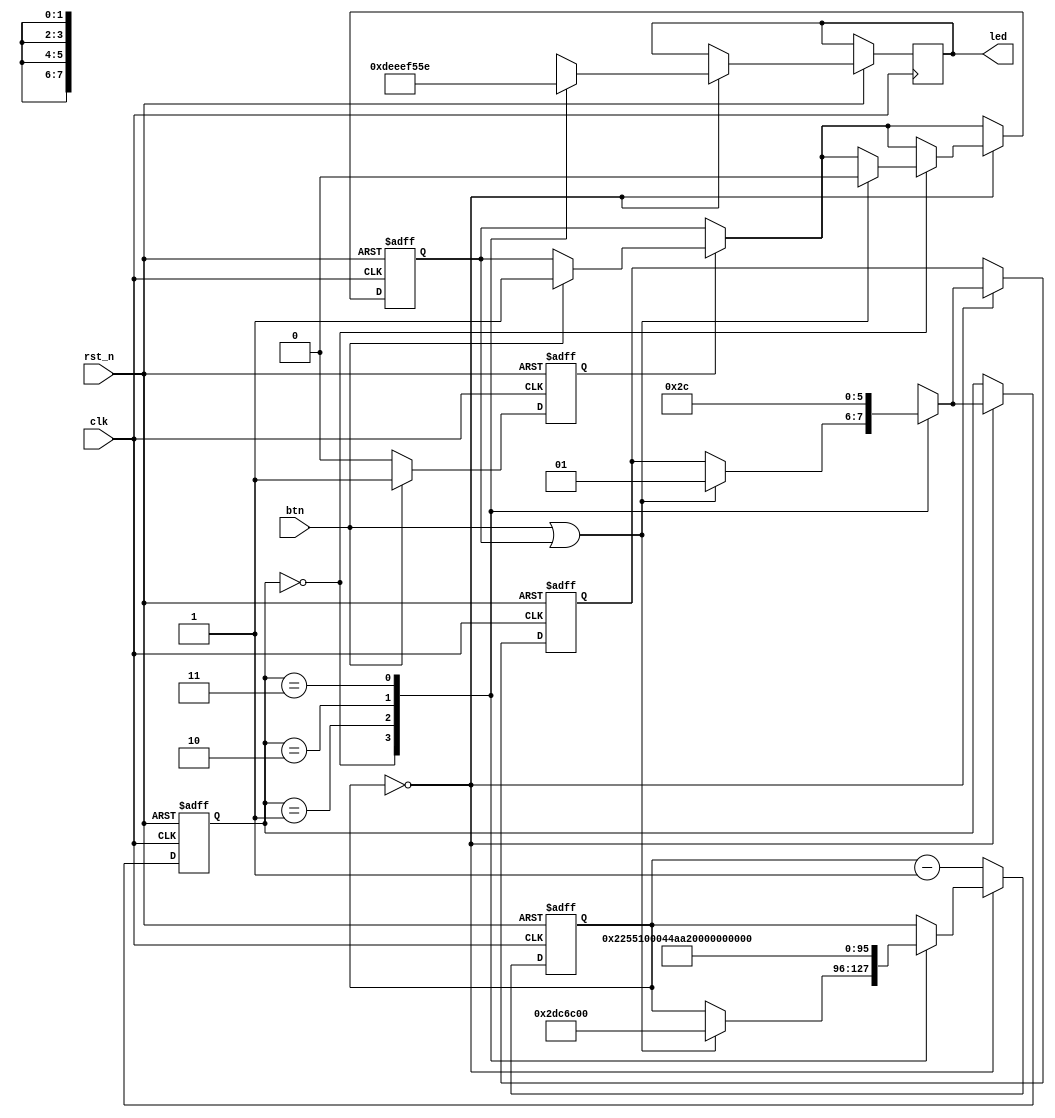
module semafor1 (
    input             clk,       	    // semnal de ceas
    input             rst_n,      		// reset
    input             btn,        		// buton pentru pietoni
    output reg [7:0]  led      			// LED output (8 biti)
);


// Stari
reg [1:0] current_state, next_state;
reg btn_state;
reg CHECK;

// Timer pentru durata culorii
reg [31:0] timer;

// Parametrii de timp (exemplu: 12 MHz ceas, 4 secunde = 4 * 12,000,000)
parameter VERDE_DURATA  = 48000000;  //'d4;     	    // 4 secunde la 12 MHz
parameter GALBEN_DURATA = 36000000;  //'d3;   		    // 3 secunde la 12 MHz
parameter ROSU_DURATA   = 72000000;  //'d6;   		    // 6 secunde la 12 MHz
parameter DELAY_DURATA  = 96000000;  //'d8;		    // 8 secunde (minim pentru verde masini) la 12 MHz


	// VALORILE COMENTATE DE LA PARAMETRII, DE MAI SUS, SUNT PENTRU SIMULAREA IN MODELSIM.

// Stari pentru semafor
parameter STARE_INITIALA = 2'b00;					// (verde masini - rosu pietoni)
parameter GALBEN_MASINI  = 2'b01;   					// (galben masini - rosu pietoni)
parameter ROSU_MASINI    = 2'b10; 					// (rosu masini - verde pietoni)
parameter DELAY          = 2'b11;					// (verde masini - rosu pietoni - delay)

// Stari buton
parameter NEAPASAT = 1'b0;					
parameter APASAT   = 1'b1;

// Logica de tranzitie a starii
always @(posedge clk or negedge rst_n) begin
    if (~rst_n) begin								// RESET
	timer <= 0;
        current_state = STARE_INITIALA;
        btn_state <= NEAPASAT;
	CHECK = 0;
	next_state = STARE_INITIALA;
    end else begin	
        case (btn_state)
            NEAPASAT: begin
		    if (btn) begin						// BUTON APASAT
                    	btn_state <= APASAT;					
                end
            end
            APASAT: begin	
		if (btn) begin							// BUTON APASAT + se retine daca a fost apasat din nou(CHECK)
		    CHECK <= 1;
		end
		if (!btn) begin							// BUTON NEAPASAT
		    btn_state <= NEAPASAT;	
		end
	    end
	endcase

    if (timer == 0) begin
        case (current_state)							// Incepe loop-ul
            STARE_INITIALA: begin						// VERDE (starea initiala)
		led = 8'b11011110;
                if (btn || CHECK) begin
		    CHECK <= 0;
         	    timer <= VERDE_DURATA;
                    next_state = GALBEN_MASINI;
                end
            end
            GALBEN_MASINI: begin						// GALBEN
		    led = 8'b11101110;
                    timer <= GALBEN_DURATA;
                    next_state = ROSU_MASINI;
                end
            ROSU_MASINI: begin							// ROSU
		    led = 8'b11110101;
                    timer <= ROSU_DURATA;
                    next_state = DELAY;
		end
	    DELAY: begin							// STARE INITIALA + DELAY
		    led = 8'b01011110;
		    timer <= DELAY_DURATA;
		    next_state = STARE_INITIALA;
		end

        endcase
            current_state = next_state;					    	// trecerea de la o stare la alta
    end
    else begin
            timer <= timer - 1;						       // decrementarea timer-ului
        end
    end
end
	
endmodule     // semafor1